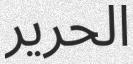
الحرير